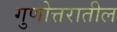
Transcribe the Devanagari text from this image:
गुणोत्तरातील